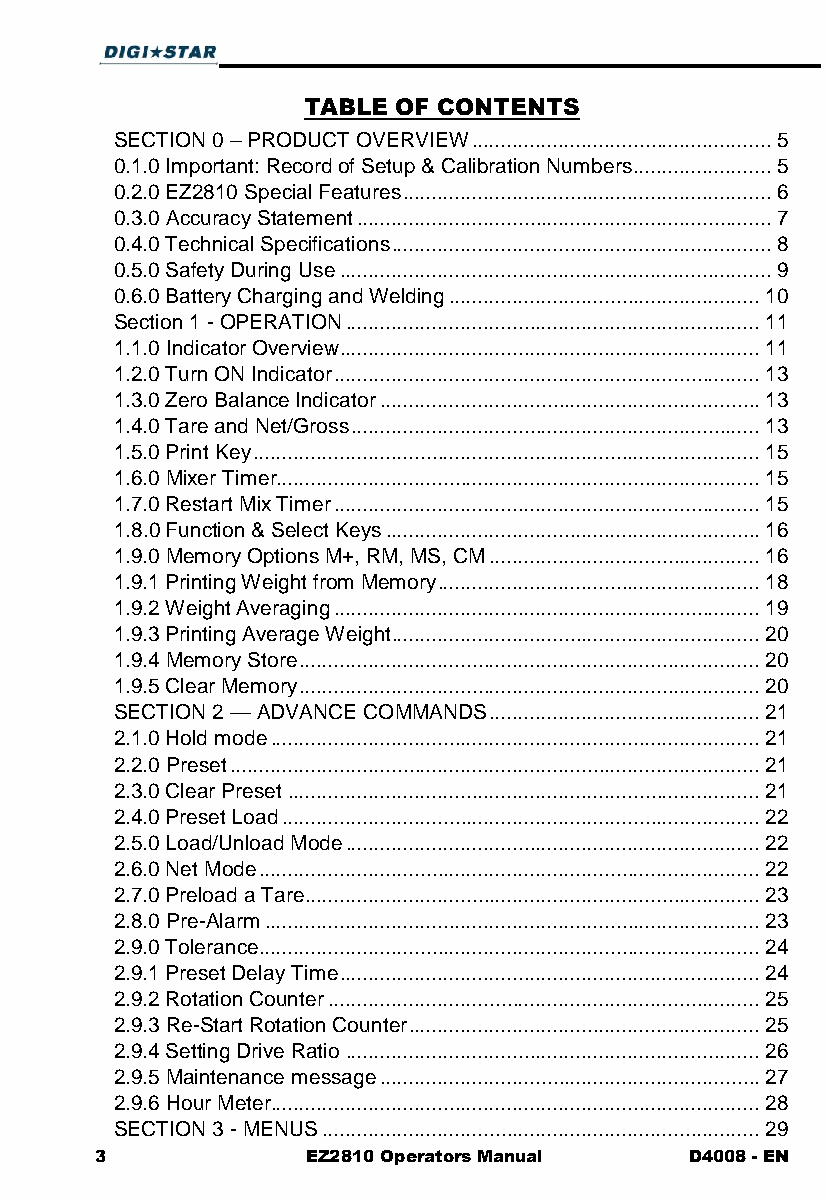
TABLE OF CONTENTS
 SECTION 0 – PRODUCT OVERVIEW .................................................... 5
 0.1.0 Important: Record of Setup & Calibration Numbers ........................ 5
 0.2.0 EZ2810 Special Features ................................................................ 6
 0.3.0 Accuracy Statement ........................................................................ 7
 0.4.0 Technical Specifications .................................................................. 8
 0.5.0 Safety During Use ........................................................................... 9
 0.6.0 Battery Charging and Welding ...................................................... 10
 Section 1 - OPERATION ........................................................................ 11
 1.1.0 Indicator Overview ......................................................................... 11
 1.2.0 Turn ON Indicator .......................................................................... 13
 1.3.0 Zero Balance Indicator .................................................................. 13
 1.4.0 Tare and Net/Gross ....................................................................... 13
 1.5.0 Print Key ........................................................................................ 15
 1.6.0 Mixer Timer.................................................................................... 15
 1.7.0 Restart Mix Timer .......................................................................... 15
 1.8.0 Function & Select Keys ................................................................. 16
 1.9.0 Memory Options M+, RM, MS, CM ............................................... 16
 1.9.1 Printing Weight from Memory ........................................................ 18
 1.9.2 Weight Averaging .......................................................................... 19
 1.9.3 Printing Average Weight ................................................................ 20
 1.9.4 Memory Store ................................................................................ 20
 1.9.5 Clear Memory ................................................................................ 20
 SECTION 2 — ADVANCE COMMANDS ............................................... 21
 2.1.0 Hold mode ..................................................................................... 21
 2.2.0 Preset ............................................................................................ 21
 2.3.0 Clear Preset .................................................................................. 21
 2.4.0 Preset Load ................................................................................... 22
 2.5.0 Load/Unload Mode ........................................................................ 22
 2.6.0 Net Mode ....................................................................................... 22
 2.7.0 Preload a Tare ............................................................................... 23
 2.8.0 Pre-Alarm ...................................................................................... 23
 2.9.0 Tolerance....................................................................................... 24
 2.9.1 Preset Delay Time ......................................................................... 24
 2.9.2 Rotation Counter ........................................................................... 25
 2.9.3 Re-Start Rotation Counter ............................................................. 25
 2.9.4 Setting Drive Ratio ........................................................................ 26
 2.9.5 Maintenance message .................................................................. 27
 2.9.6 Hour Meter..................................................................................... 28
 SECTION 3 - MENUS ............................................................................ 29
 3             EZ2810 Operators Manual   D4008 - EN